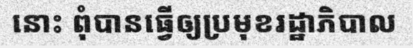
នោះ ពុំបានធ្វើឲ្យប្រមុខរដ្ឋាភិបាល